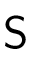
{ \sf S }